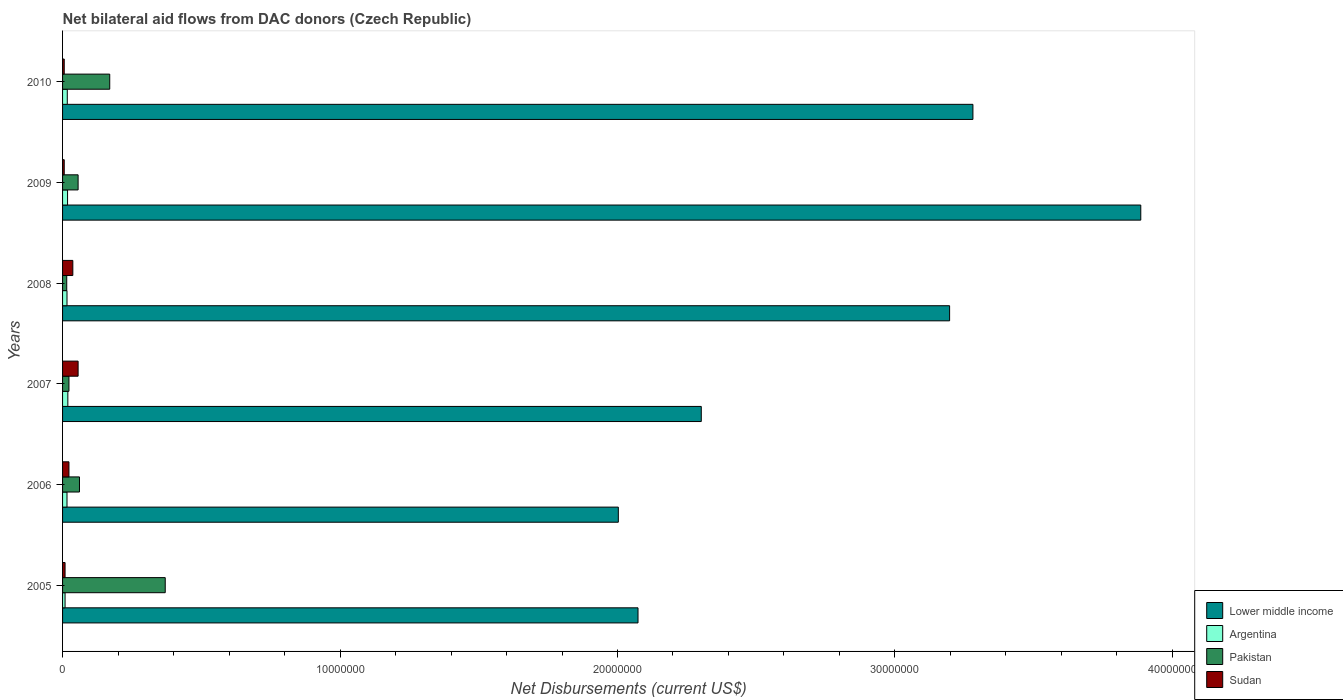
| Years | Lower middle income | Argentina | Pakistan | Sudan |
 | --- | --- | --- | --- | --- |
 | 2005 | 2.07e+07 | 9e+04 | 3.7e+06 | 9e+04 |
 | 2006 | 2e+07 | 1.6e+05 | 6.1e+05 | 2.3e+05 |
 | 2007 | 2.3e+07 | 1.9e+05 | 2.3e+05 | 5.6e+05 |
 | 2008 | 3.2e+07 | 1.6e+05 | 1.5e+05 | 3.7e+05 |
 | 2009 | 3.89e+07 | 1.8e+05 | 5.6e+05 | 6e+04 |
 | 2010 | 3.28e+07 | 1.7e+05 | 1.7e+06 | 6e+04 |